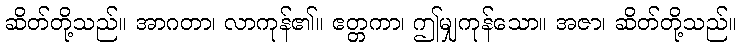
ဆိတ်တို့သည်။ အာဂတာ၊ လာကုန်၏။ ဧတ္တကာ၊ ဤမျှကုန်သော။ အဇာ၊ ဆိတ်တို့သည်။